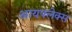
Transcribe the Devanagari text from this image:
आयफ्लेक्स